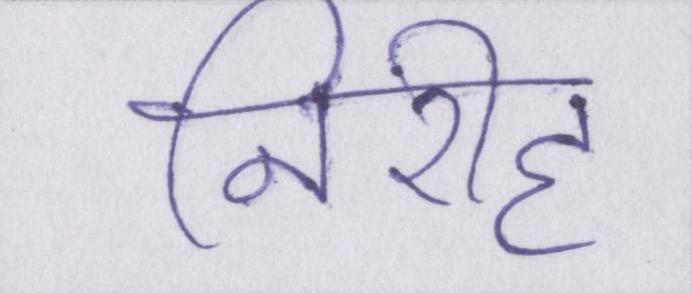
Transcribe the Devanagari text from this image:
निरीह